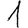
Digit: 1